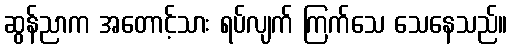
ဆွန်ညာက အတောင့်သား ရပ်လျက် ကြက်သေ သေနေသည်။